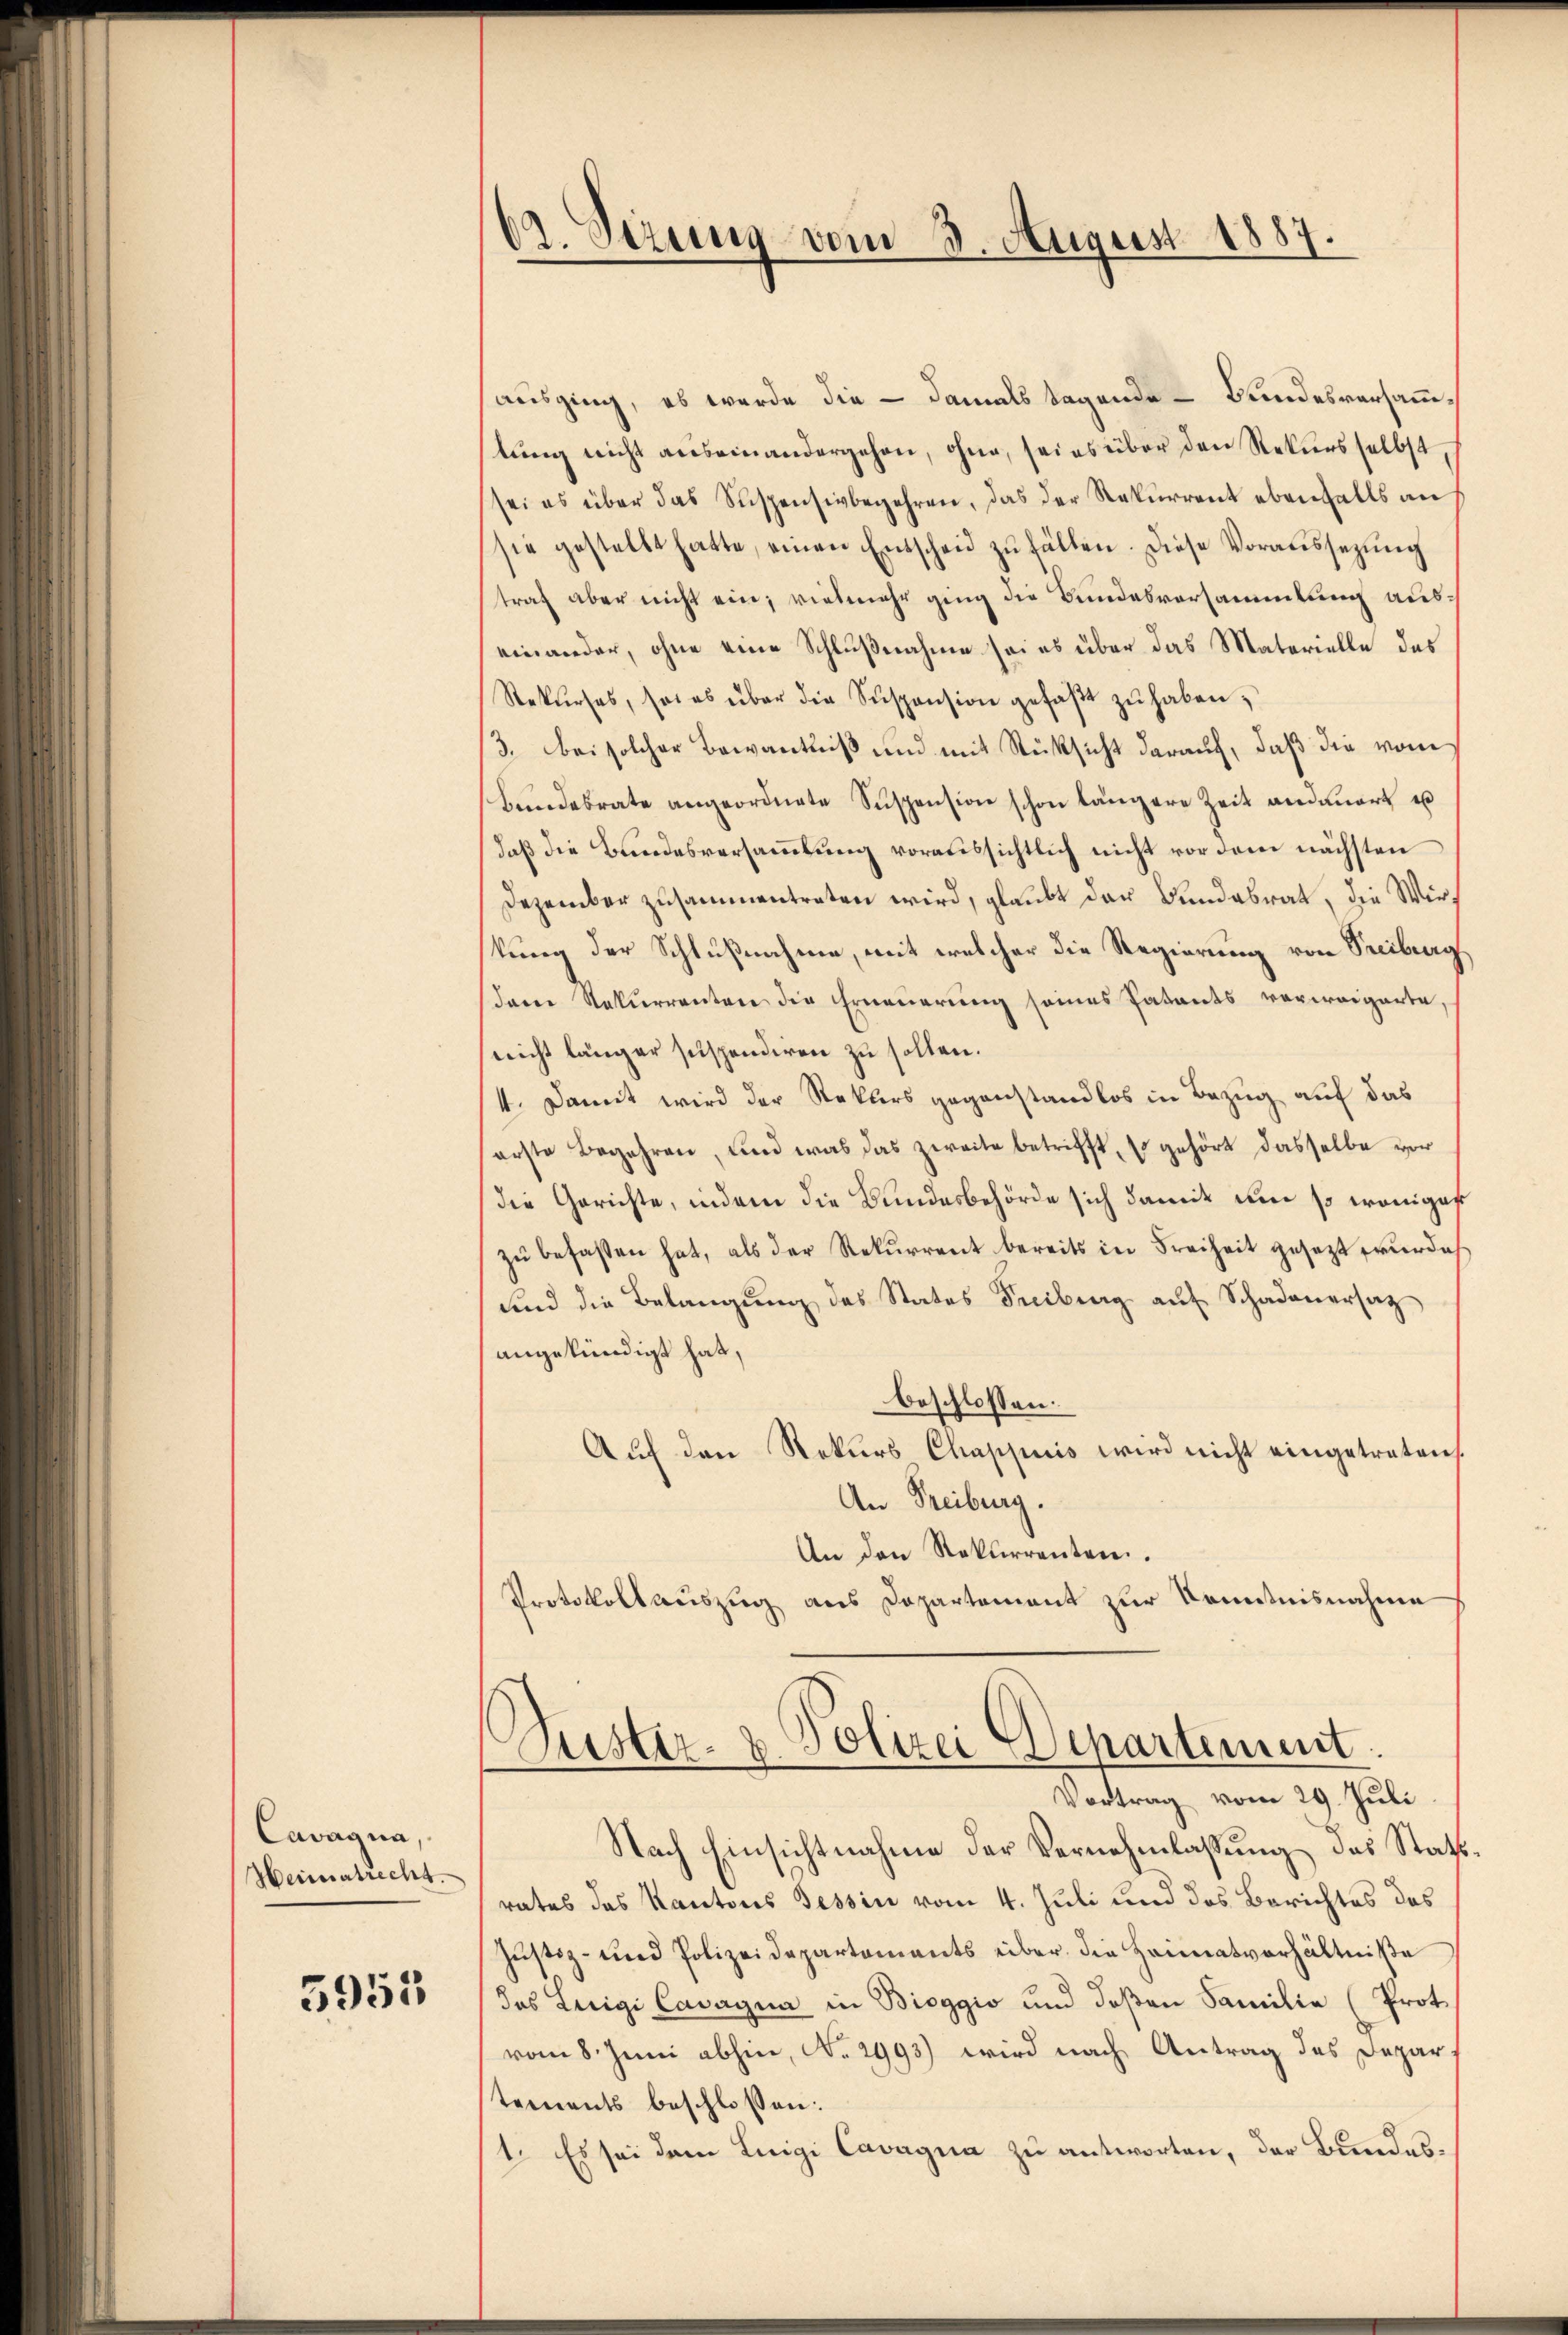
Cavagna,
Heimatrecht.

5953

02. Sezung vom 3. August 1887.

ausging, ob werde die – damals sagende Bundesversammlung nicht auseinandergehen, ohne, sei es über den Rekurs selbst
sei es über das Suspensivbegehren, das der Rekurrent ebenfalls an
sie gestellt hatte, einen Entscheid zŭ fällen. Diese Voraŭssezŭng
traf aber nicht ein; vielmehr ging die Bundesversammlung auseinander, ohne eine Schlußnahme sei es über das Materielle des
Rekurses, sei es über die Suspension gefaβt zŭ haben,
3. bei solcher Bewantniß und mit Rücksicht darauf, daß die vom
Bundesrate angeordnete Suspension schon längere Zeit andauert es
daß die Bundesversammlung voraussichtlich nicht vor dem nächsten
Dezember zusammentreten wird, glaubt der Bundesrat, die Wirkung der Schlußnahme, mit welcher die Regierung von Treiburg
daren Rekurrenten die Erneuerung seines Patants verweigerte,
nicht länger suspendiren zu sollen.
4. Damit wird der Rekurs gegenstandlos in Bezug auf das
erste Begehren, und was das zweite betrifft, so gehört dasselbe vor
die Gerichte, indem die Bundesbehörde sich damit eine so weniges
zŭ befassen hat, als der Rekurrent bereits in Freiheit gesezt wurde
sind die Belangung des States Freibung auf Schadenersatz
angekündigt hat,
beschlossen:
Auf den Rekurs Chappuis wird nicht eingetreten,
An Freiburg.
An den Rekurrenten.
Protokollauszug aus Departement zur Kenntnisnahme
Huster- & Polizei Departement.
Vortrag vom 29. Juli
Nach Einsichtnahme der Vernehmlassung das Statrates das Kantons Tessin vom 4. Juli und das Berichtes des
Justiz- und Polizeidepartements über die Heimatverhältniße
des Luigi Cavagna in Bioggio und deβen Familie (Prot.
vom 8. Juni abhin, No. 2993) wird nach Antrag des Departements beschlossen:
1. Es sei dem Luigi Cavagna zu antworten, der Bundes¬